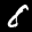
Label: 8